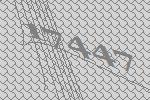
17447